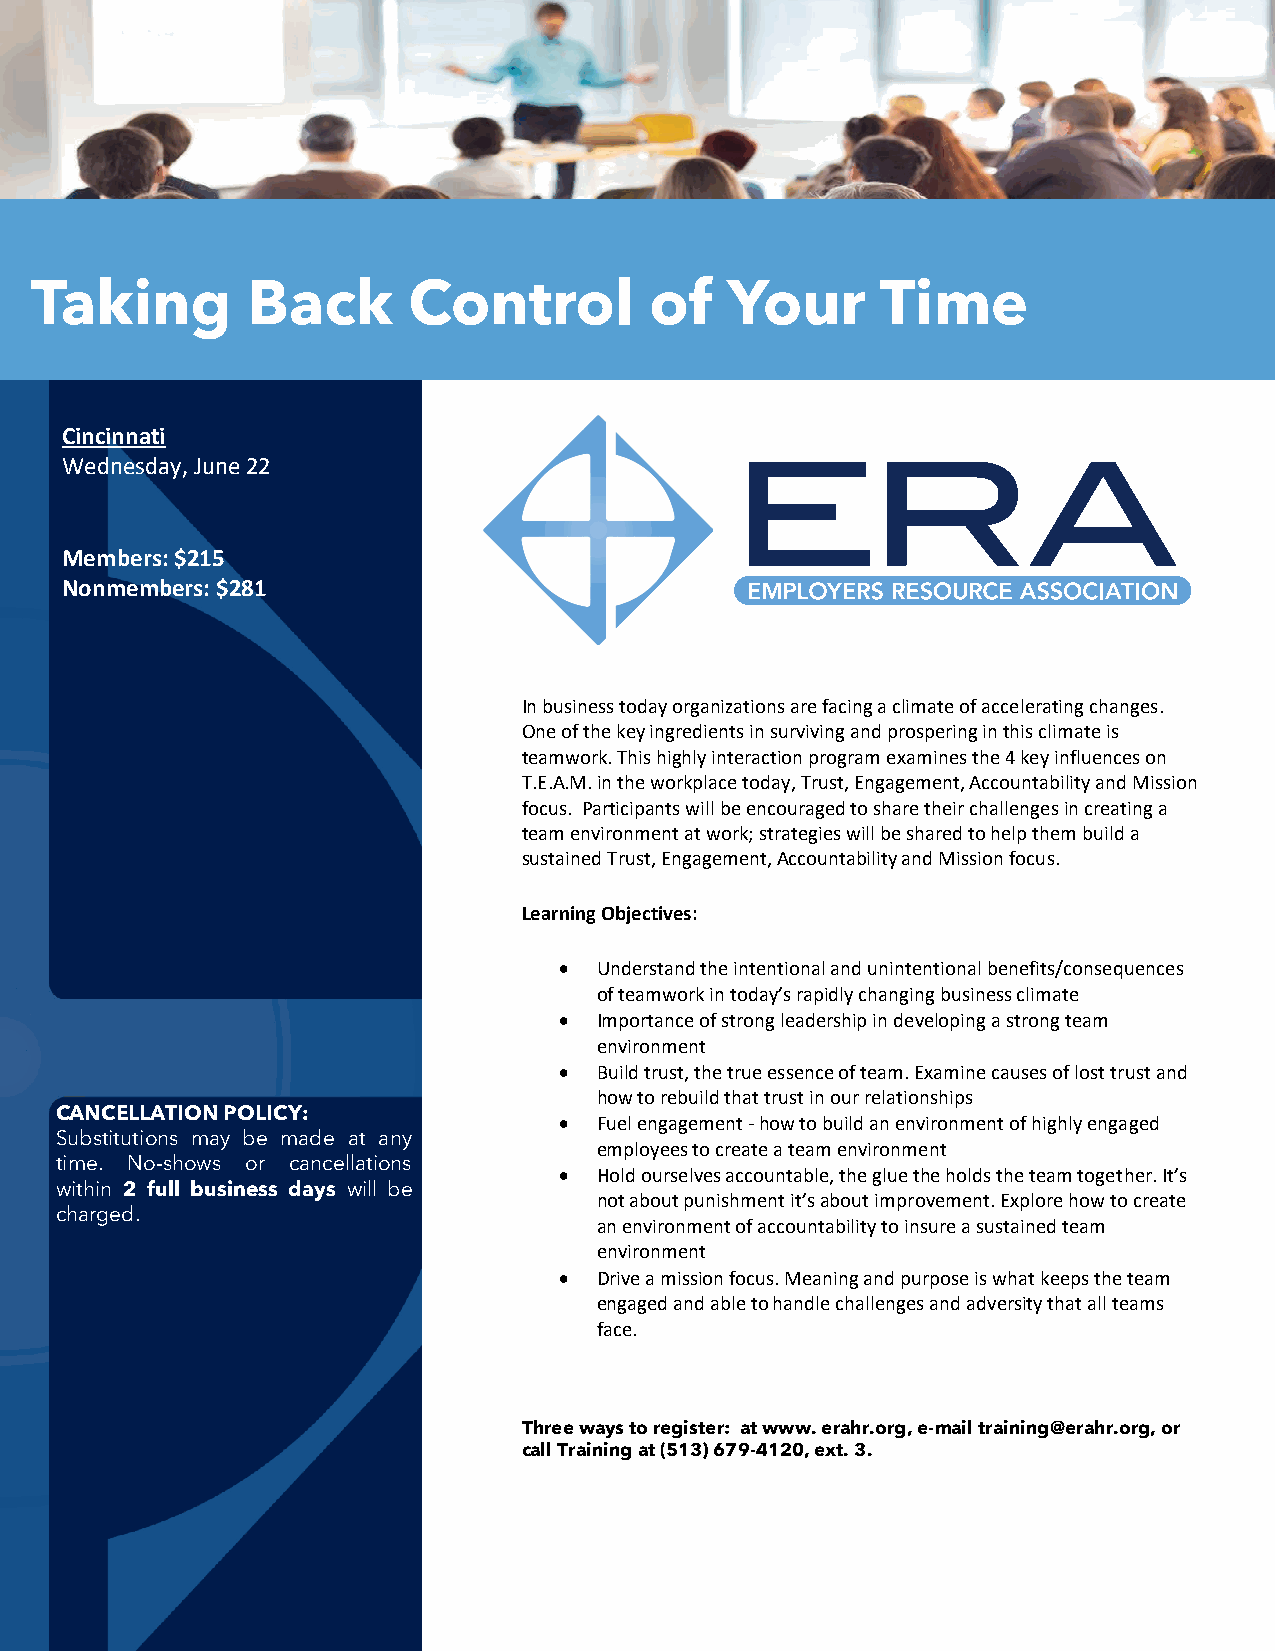
Taking        Back       Control         of   Your      Time
 Cincinnati
 Wednesday, June 22
 Members: $215
 Nonmembers: $281
 In business today organizations are facing a climate of accelerating changes.
 One of the key ingredients in surviving and prospering in this climate is
 teamwork. This highly interaction program examines the 4 key influences on
 T.E.A.M. in the workplace today, Trust, Engagement, Accountability and Mission
 focus. Participants will be encouraged to share their challenges in creating a
 team environment at work; strategies will be shared to help them build a
 sustained Trust, Engagement, Accountability and Mission focus.
 Learning Objectives:
 •  Understand the intentional and unintentional benefits/consequences
 of teamwork in today’s rapidly changing business climate
 •  Importance of strong leadership in developing a strong team
 environment
 •  Build trust, the true essence of team. Examine causes of lost trust and
 how to rebuild that trust in our relationships
 CANCELLATION POLICY:
 •  Fuel engagement - how to build an environment of highly engaged
 Substitutions may be made at any
 employees to create a team environment
 time. No-shows or cancellations
 •  Hold ourselves accountable, the glue the holds the team together. It’s
 within 2 full business days will be
 not about punishment it’s about improvement. Explore how to create
 charged.
 an environment of accountability to insure a sustained team
 environment
 •  Drive a mission focus. Meaning and purpose is what keeps the team
 engaged and able to handle challenges and adversity that all teams
 face.
 Three ways to register: at www. erahr.org, e-mail training@erahr.org, or
 call Training at (513) 679-4120, ext. 3.